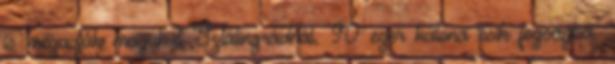
is megadják magukat Sztálingrádnál. 90 ezer katona esik fogságba.